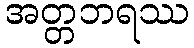
အတ္တဘရဿ